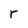
Character: r